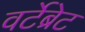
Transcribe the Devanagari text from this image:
वर्टेब्रेट